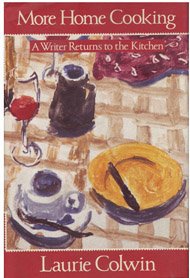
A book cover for More Home Cooking: A Writer Returns to the Kitchen; Laurie Colwin; Cookbooks, Food & Wine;